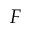
F